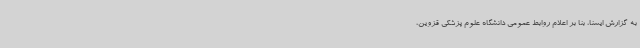
به گزارش ایسنا، بنا بر اعلام روابط عمومی دانشگاه علوم پزشکی قزوین،